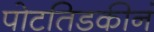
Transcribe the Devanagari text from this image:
पोटतिडकीनं